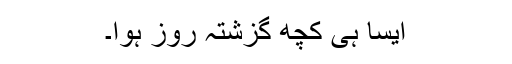
ایسا ہی کچھ گزشتہ روز ہوا۔